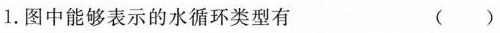
1.图中能够表示的水循环类型有 ()